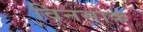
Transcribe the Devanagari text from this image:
विनसाक